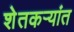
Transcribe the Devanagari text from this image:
शेतकऱ्यांत